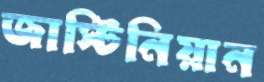
জাস্টিনিয়ান